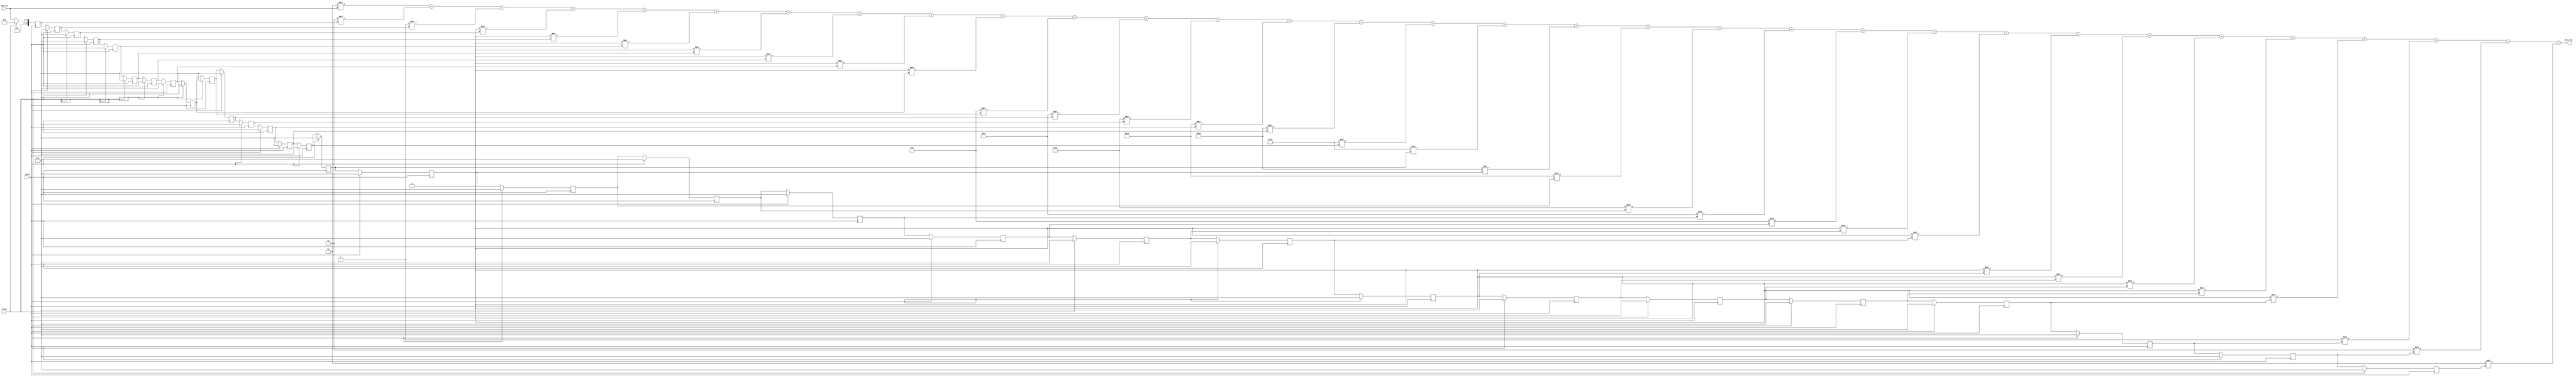
`timescale 1ns / 1ps

module filter(
    clock,
    reset,
    Data_In,
    Data_Out
    );
    
    // PARAMETERS    
    parameter taps        = 32;
    parameter num_bits    = 8;
    parameter input_size  = 8;
    parameter output_size = (2*num_bits) + 1;
    
    // I/O Ports
    input clock,
          reset;
          
    input  [input_size - 1:0] Data_In;
    
    output [output_size - 1:0] Data_Out;
    
    // FILTER COEFFICIENTS
    // 31 + 1 = 32 taps 
    parameter h0  = 8'b0000_0011;
    parameter h1  = 8'b0000_0010;
    parameter h2  = 8'b0000_0001;
    parameter h3  = 8'b0000_0000;
    parameter h4  = 8'b0000_0000;
    parameter h5  = 8'b0000_0000;
    parameter h6  = 8'b0000_0000;
    parameter h7  = 8'b0000_0000;
    parameter h8  = 8'b0000_0000;
    parameter h9  = 8'b0000_0000;
    parameter h10 = 8'b0000_0100;
    parameter h11 = 8'b0000_1100;
    parameter h12 = 8'b0001_0101;
    parameter h13 = 8'b0001_1110;
    parameter h14 = 8'b0010_0101;
    parameter h15 = 8'b0010_1001;
    parameter h16 = 8'b00101001;
    parameter h17 = 8'b0010_0101;
    parameter h18 = 8'b0001_1110;
    parameter h19 = 8'b0001_0101;
    parameter h20 = 8'b0000_1100;
    parameter h21 = 8'b0000_0100;
    parameter h22 = 8'b0000_0000;
    parameter h23 = 8'b0000_0000;
    parameter h24 = 8'b0000_0000;
    parameter h25 = 8'b0000_0000;
    parameter h26 = 8'b0000_0000;
    parameter h27 = 8'b0000_0000;
    parameter h28 = 8'b0000_0000;
    parameter h29 = 8'b0000_0001;
    parameter h30 = 8'b0000_0010;
    parameter h31 = 8'b0000_0011;
    
    reg [output_size - 1:0] FIR [1:taps-1];
    
    assign Data_Out = h0  * Data_In +
                      h1  * FIR[1]  +
                      h2  * FIR[2]  +
                      h3  * FIR[3]  +
                      h4  * FIR[4]  +
                      h5  * FIR[5]  +
                      h6  * FIR[6]  +
                      h7  * FIR[7]  +
                      h8  * FIR[8]  +
                      h9  * FIR[9]  +
                      h10 * FIR[10] +
                      h11 * FIR[11] +
                      h12 * FIR[12] +
                      h13 * FIR[13] +
                      h14 * FIR[14] +
                      h15 * FIR[15] +
                      h16 * FIR[16] +
                      h17 * FIR[17] +
                      h18 * FIR[18] +
                      h19 * FIR[19] +
                      h20 * FIR[20] +
                      h21 * FIR[21] +
                      h22 * FIR[22] +
                      h23 * FIR[23] +
                      h24 * FIR[24] +
                      h25 * FIR[25] +
                      h26 * FIR[26] +
                      h27 * FIR[27] +
                      h28 * FIR[28] +
                      h29 * FIR[29] +
                      h30 * FIR[30] +
                      h31 * FIR[31];
                      
    integer i;
    always @ (posedge clock) begin
        if (reset) begin // initialize the filter
            for (i = 0; i <= taps; i = i + 1) FIR[i] <= 0; 
        end
        
        else begin
            // shift the signal
            FIR[1] <= Data_In;
            for (i = 2; i <= taps; i = i + 1) FIR [i] <= FIR[i - 1];
        end
    end                
  
endmodule